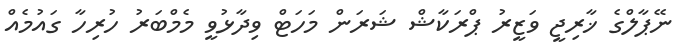
ނޭޕާލްގެ ޚާރިޖީ ވަޒީރު ޕްރަކާޝް ޝަރަން މަހަޓް ވިދާޅުވީ މެމްބަރު ހުރިހާ ގައުމެއް